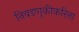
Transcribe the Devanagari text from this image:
निवडणुकीकरिता